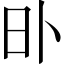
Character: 𣅃